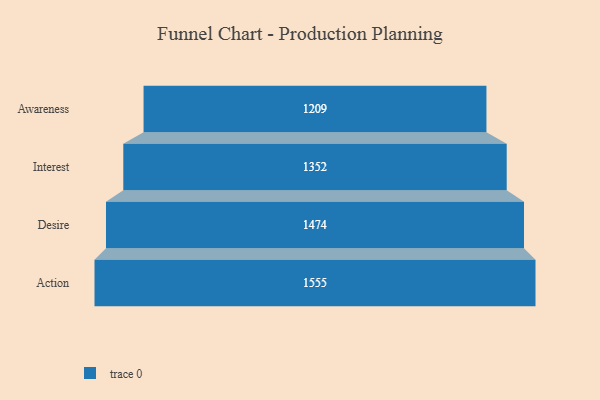
{"axis": {"x": "Stage", "y": "Value"}, "legend": [""], "data": [{"x": "Awareness", "y": 1209.0, "type": ""}, {"x": "Interest", "y": 1352.0, "type": ""}, {"x": "Desire", "y": 1474.0, "type": ""}, {"x": "Action", "y": 1555.0, "type": ""}]}